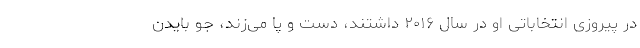
در پیروزی انتخاباتی او در سال ۲۰۱۶ داشتند، دست و پا می‌زند، جو بایدن